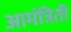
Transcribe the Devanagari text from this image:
आमंत्रिती